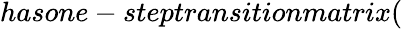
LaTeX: hasone-steptransitionmatrix(